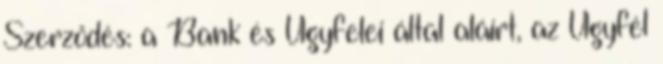
Szerződés: a Bank és Ügyfelei által aláírt, az Ügyfél